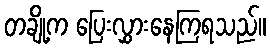
တချို့က ပြေးလွှားနေကြရသည်။